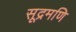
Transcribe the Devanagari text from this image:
सूद्रमणि